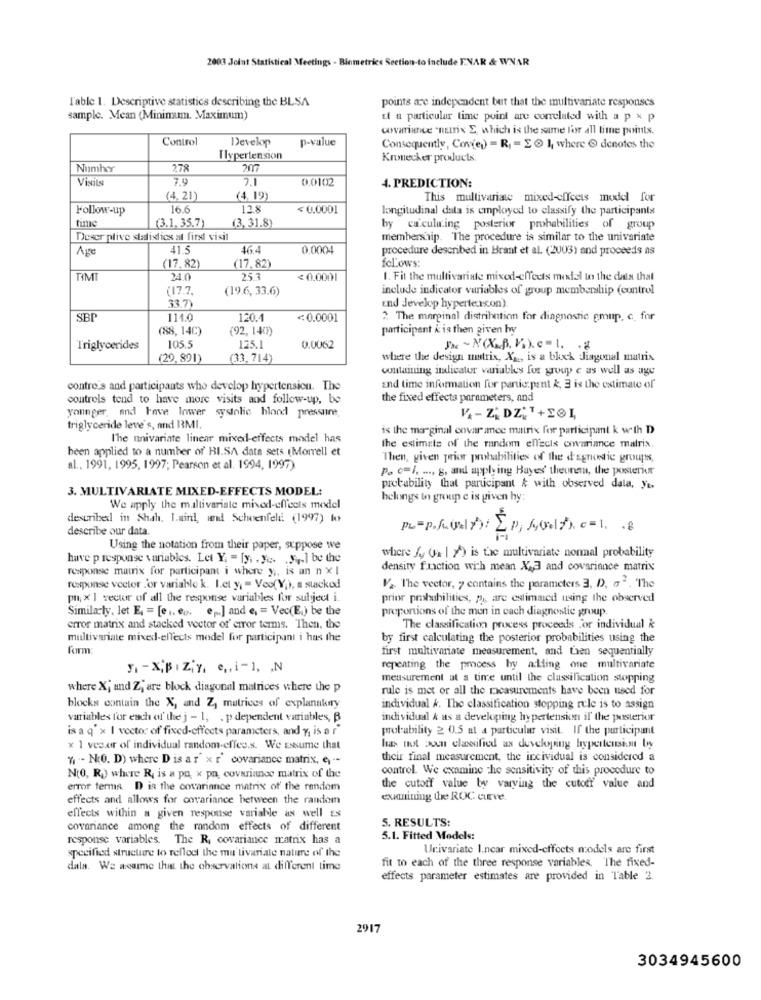
2003 Joint Statistical Meetings - Biometrics Section-to include ENAR & WNAR
l'able 1. Descriptive statistics describing the BLSA
points are independent but that the multivariate responses
sample. Mean (Minimum. Maximum)
El a particular time point are correlated with a p x p
covariance "nutrix E, which is the same for all time points.
Control
Develop
p-value
Consequently, Con(e) = R = E I where & denotes the
Tlvpertension
LUC
Kronecker products.
Numher
278
Visits
7.9
7.1
0.0102
4. PREDICTION:
(4. 21)
(4, 19)
This multivariate mixed-effects model for
Follow-up
16.6
12.8
< 0.0001
longitudinal data is employed to classify the participants
time
(3,31.8)
(3.1. 35.7)
by ca.culuing posterior probabilities of group
Deser plive statistics at firs visit
membership. The procedure is similar to the univariate
Age
41.5
46.4
0.0004
procedure described in Brant et al. (2003) and proceeds as
fcLows:
(17.82)
(17,82)
TIM
24.0
25.3
< 0.0001
1. Fit the multivariate mixed-effects model to the data that
(17.7
(19.6, 33.6)
include indicator variables of group membership (control
33 7)
und Jevelop hypertercon)
SBP
114.0
120.
0.0001
2 The marginal distribution for diagnostic emup, c. for
(88,14C)
(92,140)
participent i is then given by
Triglycerides
105.5
125.1
0.0062
She ~NOX.B. V.).e-l. .
(29,891)
33,714)
where the design matrix, Xx ., is a block diagonal matrix
containing indicator variables for soup e as well as age
contro's and participants who develop hypertension. The
and time information for partic:pant &, 3 is the estimate of
controls tend to have more visits and follow-up, be
the fixed effects parameters, and
younger, and have lower systolic blond pressune,
triglyceride leve's, and RMI.
is the marginal covar ance matrix for participant k with D
The univariate linear mixed-effects model has
been applied to a number of' HI.SA data sets (Morrell et
the estimate of the random effects covariance matrix.
Then, given prior probabilities of the d'agnostic groups,
al ., 1991, 1995, 1997; Pearson et al. 1994, 1997)
P. c=I. ..., g, and applying Bayes' theunem, the posterior
3. MULTIVARIATE MIXED-EFFECTS MODEL:
probability that participant & with observed data, yo,
belongs to group e is given hy:
We apply the multivariate mixed-effects model
described in Shah. L.sind, wal Schoenfeld (1997) to
describe our data.
PL=P.k.(>>/ IP, SOM7). c=1. . 8
Using the notation from their paper, suppose we
have p response variables. Let Y. - [y. . y .. .. ] be the
where fy (2 | 7) is the multivariate normal probability
response matrix for participant i where y ,, is an n x 1
density function with mean X&A and covariance matrix
response vector .'or variable k. L.el y, = Veo( Y), a stackod
V2 The vector, y contains the parameters 3, D, a2. The
pn; x 1 vector of all the response variables for subject i.
prior probabilities, p ,, are estimated using the observed
Similarly, let E = [ .. .. ... ] and e = Vec(E) be the
proportions of the men in cach diagnostic group.
error matrix and stacked vector of error terms. Then, the
The classification process proceeds or individual k
midtivariate mixed-effects model for participant i has the
by first calculating the posterior probabilities using the
form:
first multivariate measurement, and tien sequentially
F1 -X,BIZ¡Y, e, i-1, , N
repeating the process by alling one multivariate
measurement at a time until the classification stopping
where X; and Z; are block diagonal matrices where the p
rule is met or all the ricasurements have been used for
blocks contain the X, and Z, matrices of explanakry
individual &. The classification stopping rele is to assign
variables for each of the j - 1, . p dependent variables, B
individual & as a developing hypertension il the posterior
is a q' x I vector of fixed-effects parameters, and y, is a r
probability 2 0.5 at a particular visit. If the participant
× 1 vecer of individual random-effee.s. We assume that
has not poun classified as developing hypertension by
", - N.O. D) where Dis ar" x r' covariance matrix, e, --
their final measurement, the incividual is considered a
control. We examine the sensitivity of this procedure to
N(O, R) where R, is a pu x pn, covariance matrix of the
error terms D is the covariance matrix of' the random
the cutoff value by varving the cutoff' value and
effects and allows for covariance between the random
examining three ROC curve.
effects within a given response variable as well Es
5. RESULTS:
covariance among the random effects of different
response variables. The R, covariance matrix has a
5.1. Fitted Models:
Univariate I.ncar mixed-effects models are first
specified structure to reflect the mu'tivariale nature of the
fit to each of the three response variables. The fixed-
dala. We wearme that the observations at different time
effects parameter estimates are provided in Table 2.
2917
3034945600